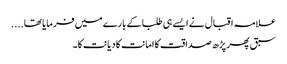
علامہ اقبال نے ایسے ہی طلبا کے بارے میں فرمایا تھا....
سبق پھر پڑھ صداقت کا امانت کا دیانت کا۔